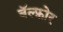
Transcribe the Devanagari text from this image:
बॅल्फ़ोर